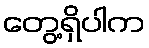
တွေ့ရှိပါက